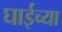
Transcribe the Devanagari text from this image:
घाईच्या